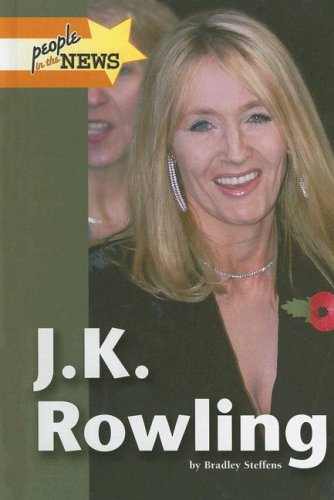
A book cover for J. K. Rowling 2006 (People in the News); Bradley Steffens; Teen & Young Adult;